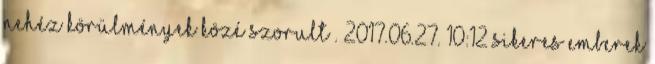
nehéz körülmények közé szorult . 2017.06.27. 10:12 SIKERES EMBEREK